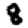
Digit: 8